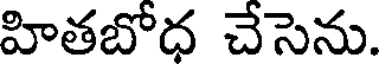
హితబోధ చేసెను.